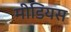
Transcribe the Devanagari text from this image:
मीडियस